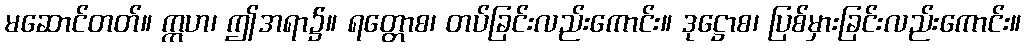
မဆောင်တတ်။ ဣဟ၊ ဤအရာ၌။ ရတ္တောစ၊ တပ်ခြင်းလည်းကောင်း။ ဒုဋ္ဌောစ၊ ပြစ်မှားခြင်းလည်းကောင်း။